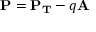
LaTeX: \mathbf { P } = \mathbf { P _ { T } } - q \mathbf { A }